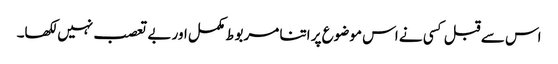
اس سے قبل کسی نے اس موضوع پر اتنا مربوط مکمل اور بے تعصب نہیں لکھا۔